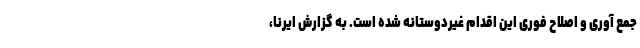
جمع آوری و اصلاح فوری این اقدام غیردوستانه شده است. به گزارش ایرنا،